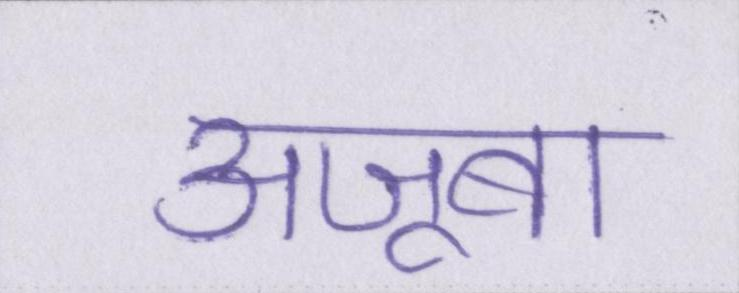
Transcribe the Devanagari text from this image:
अजूबा